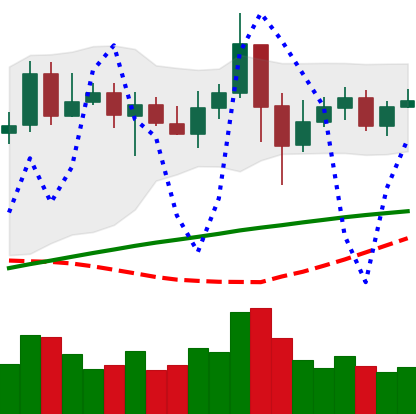
Ticker: LINK-USD
Chart end date: 2020-05-17
Forward return: 7.556%
Label: up_7plus